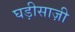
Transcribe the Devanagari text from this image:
घड़ीसाज़ी